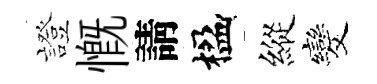
證慨請楹縱发